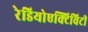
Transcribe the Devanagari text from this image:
रेडियोएक्टिविटी